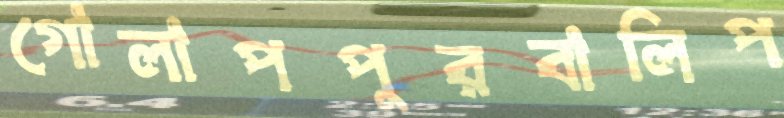
গোলাপপুরবালিপ